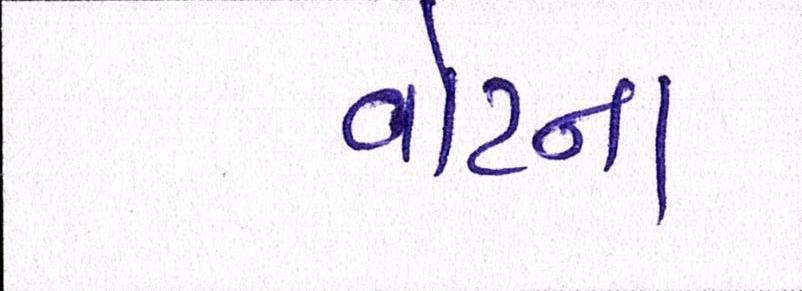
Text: વોટના